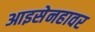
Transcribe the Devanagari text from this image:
आइसेनहावर